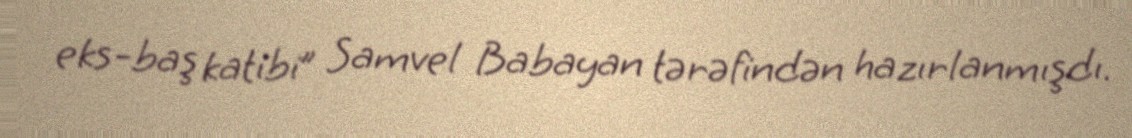
eks-baş katibi” Samvel Babayan tərəfindən hazırlanmışdı.